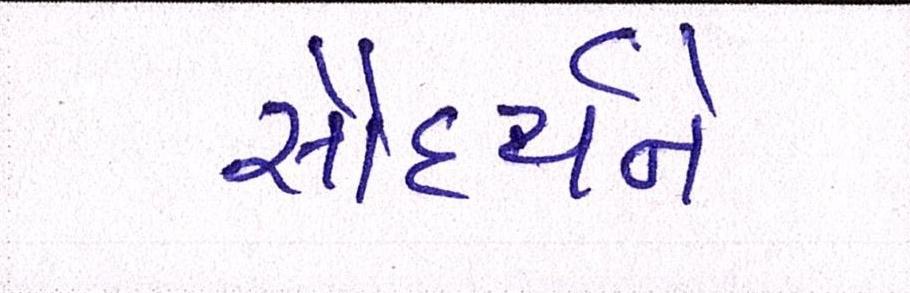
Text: સૌદર્યને